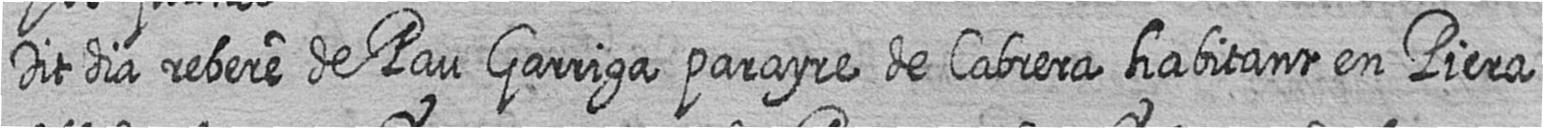
Dit dia rebere de Pau Garriga parayre de Cabrera habitant en Piera